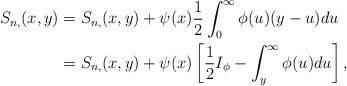
\begin{align*}S_{n,}(x,y)&=S_{n,}(x,y)+\psi(x)\frac12\int_0^\infty\phi(u)(y-u)du\\&= S_{n,}(x,y)+\psi(x)\left[\frac12 I_\phi-\int_y^\infty\phi(u)du\right],\end{align*}